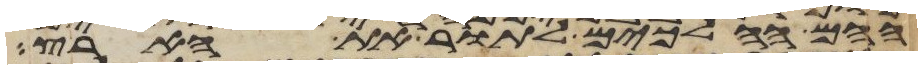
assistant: ההם ההלכים לתור את הארץ